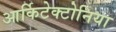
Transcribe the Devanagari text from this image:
आर्किटेक्टोनिया